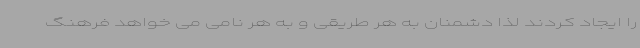
را ایجاد کردند لذا دشمنان به هر طریقی و به هر نامی می خواهد فرهنگ